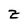
Character: z